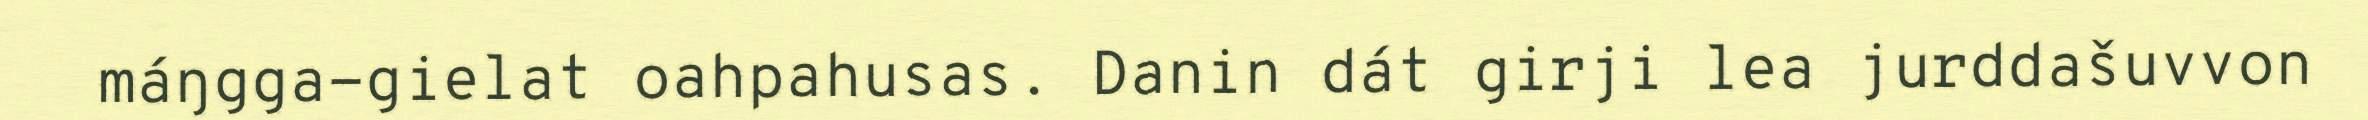
máŋgga-gielat oahpahusas. Danin dát girji lea jurddašuvvon